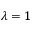
\lambda = 1